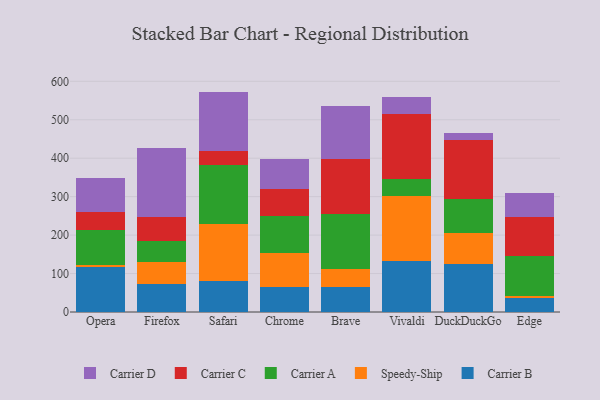
{"axis": {"x": "Browser", "y": "Customer Acquisition Cost (USD)"}, "legend": ["Carrier A", "Carrier B", "Carrier C", "Carrier D", "Speedy-Ship"], "data": [{"x": "Opera", "y": 116.0, "type": "Carrier B"}, {"x": "Opera", "y": 6.0, "type": "Speedy-Ship"}, {"x": "Opera", "y": 90.2, "type": "Carrier A"}, {"x": "Opera", "y": 48.3, "type": "Carrier C"}, {"x": "Opera", "y": 89.2, "type": "Carrier D"}, {"x": "Firefox", "y": 72.1, "type": "Carrier B"}, {"x": "Firefox", "y": 58.0, "type": "Speedy-Ship"}, {"x": "Firefox", "y": 55.5, "type": "Carrier A"}, {"x": "Firefox", "y": 61.7, "type": "Carrier C"}, {"x": "Firefox", "y": 178.1, "type": "Carrier D"}, {"x": "Safari", "y": 79.7, "type": "Carrier B"}, {"x": "Safari", "y": 148.2, "type": "Speedy-Ship"}, {"x": "Safari", "y": 154.9, "type": "Carrier A"}, {"x": "Safari", "y": 37.1, "type": "Carrier C"}, {"x": "Safari", "y": 153.3, "type": "Carrier D"}, {"x": "Chrome", "y": 66.2, "type": "Carrier B"}, {"x": "Chrome", "y": 88.3, "type": "Speedy-Ship"}, {"x": "Chrome", "y": 94.6, "type": "Carrier A"}, {"x": "Chrome", "y": 70.5, "type": "Carrier C"}, {"x": "Chrome", "y": 78.8, "type": "Carrier D"}, {"x": "Brave", "y": 65.4, "type": "Carrier B"}, {"x": "Brave", "y": 46.0, "type": "Speedy-Ship"}, {"x": "Brave", "y": 142.3, "type": "Carrier A"}, {"x": "Brave", "y": 144.3, "type": "Carrier C"}, {"x": "Brave", "y": 138.4, "type": "Carrier D"}, {"x": "Vivaldi", "y": 131.8, "type": "Carrier B"}, {"x": "Vivaldi", "y": 169.8, "type": "Speedy-Ship"}, {"x": "Vivaldi", "y": 43.7, "type": "Carrier A"}, {"x": "Vivaldi", "y": 170.6, "type": "Carrier C"}, {"x": "Vivaldi", "y": 42.6, "type": "Carrier D"}, {"x": "DuckDuckGo", "y": 125.3, "type": "Carrier B"}, {"x": "DuckDuckGo", "y": 80.2, "type": "Speedy-Ship"}, {"x": "DuckDuckGo", "y": 89.0, "type": "Carrier A"}, {"x": "DuckDuckGo", "y": 153.3, "type": "Carrier C"}, {"x": "DuckDuckGo", "y": 17.9, "type": "Carrier D"}, {"x": "Edge", "y": 35.5, "type": "Carrier B"}, {"x": "Edge", "y": 5.5, "type": "Speedy-Ship"}, {"x": "Edge", "y": 104.7, "type": "Carrier A"}, {"x": "Edge", "y": 102.6, "type": "Carrier C"}, {"x": "Edge", "y": 62.4, "type": "Carrier D"}]}